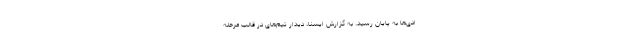
ادی‌ها به پایان رسید. به گزارش ایسنا، دیدار تیم‌های در قالب مرحله